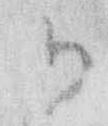
御